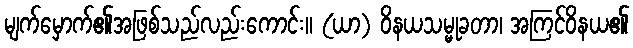
မျက်မှောက်၏အဖြစ်သည်လည်းကောင်း။ (ယာ) ဝိနယသမ္မုခတာ၊ အကြင်ဝိနယ၏